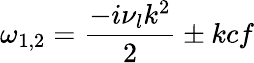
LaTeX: \omega_{1,2}=\frac{-i\nu_{l}k^{2}}{2}\pm kcf